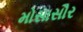
મોસાસૌર